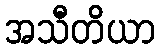
အသီတိယာ